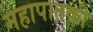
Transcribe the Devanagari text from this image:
महापातकी